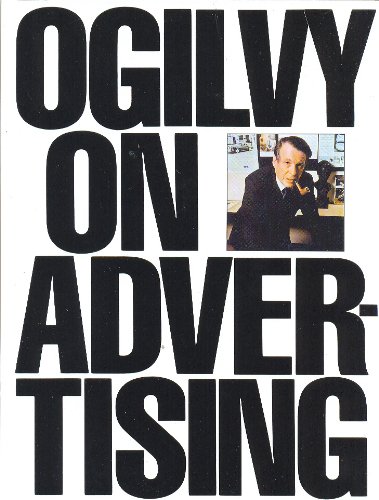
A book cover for Ogilvy on Advertising; David Ogilvy; Arts & Photography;